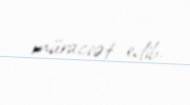
müraciət edib.